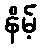
နိမ့်